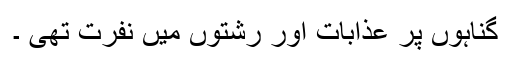
گناہوں پر عذابات اور رشتوں میں نفرت تھی ۔